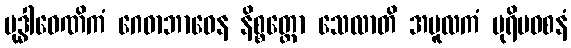
ဗုဒ္ဓါဝေဏိကံ ဂေဓာဘာဝေန နိစ္စတ္ထော သေလာတိ အမူလကံ ပုရိမဝစနံ